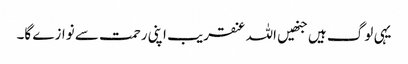
یہی لوگ ہیں جنھیں اللہ عنقریب اپنی رحمت سے نوازے گا۔